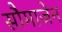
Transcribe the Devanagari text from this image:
सौमाजेन